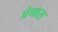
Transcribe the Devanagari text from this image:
प्रेमास